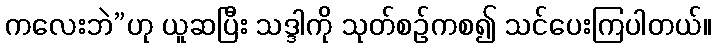
ကလေးဘဲ”ဟု ယူဆပြီး သဒ္ဒါကို သုတ်စဉ်ကစ၍ သင်ပေးကြပါတယ်။